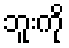
ဘူးကို